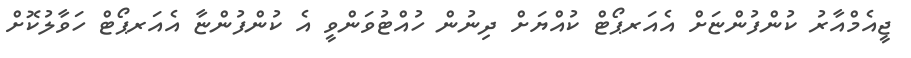
ޖީއެމްއާރު ކުންފުންޏަށް އެއަރޕޯޓް ކުއްޔަށް ދިނުން ހުއްޓުވަންވީ އެ ކުންފުންޏާ އެއަރޕޯޓް ހަވާލުކޮށް